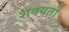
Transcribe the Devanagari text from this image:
शक्‍यतो